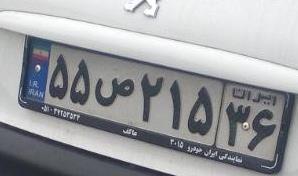
۵۵ص۲۱۵۳۶